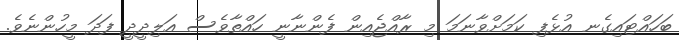
ބަހައްޓައިގެނ އުޅެފި ކަމަށްވާނަމަ މި ރާއްޖެއިން ފެންނާނީ ހައްތާވެސް އަލިދީދީ ފަދަ މީހުންނެވެ.